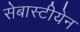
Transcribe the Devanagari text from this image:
सेबास्टीयेन